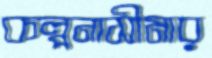
কল্পনাসীমার